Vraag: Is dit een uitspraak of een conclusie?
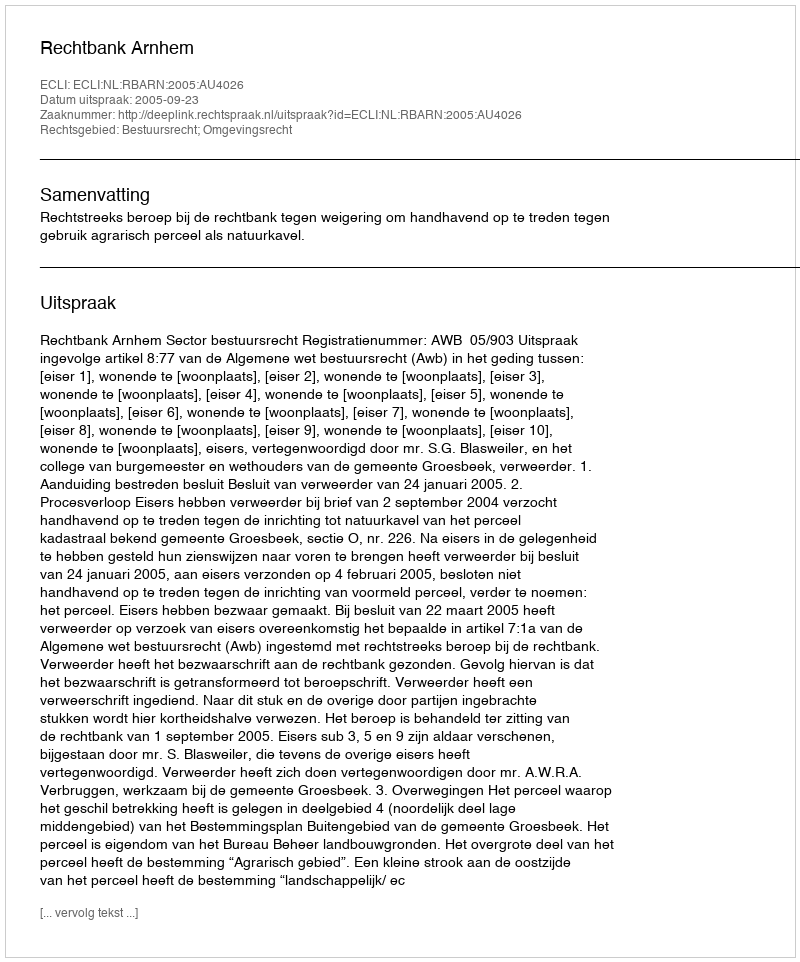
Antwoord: Uitspraak